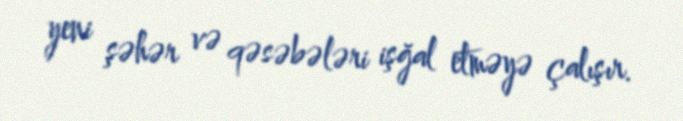
yeni şəhər və qəsəbələri işğal etməyə çalışır.